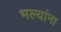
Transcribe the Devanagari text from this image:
भल्यांना